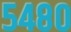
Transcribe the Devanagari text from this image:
५४८०